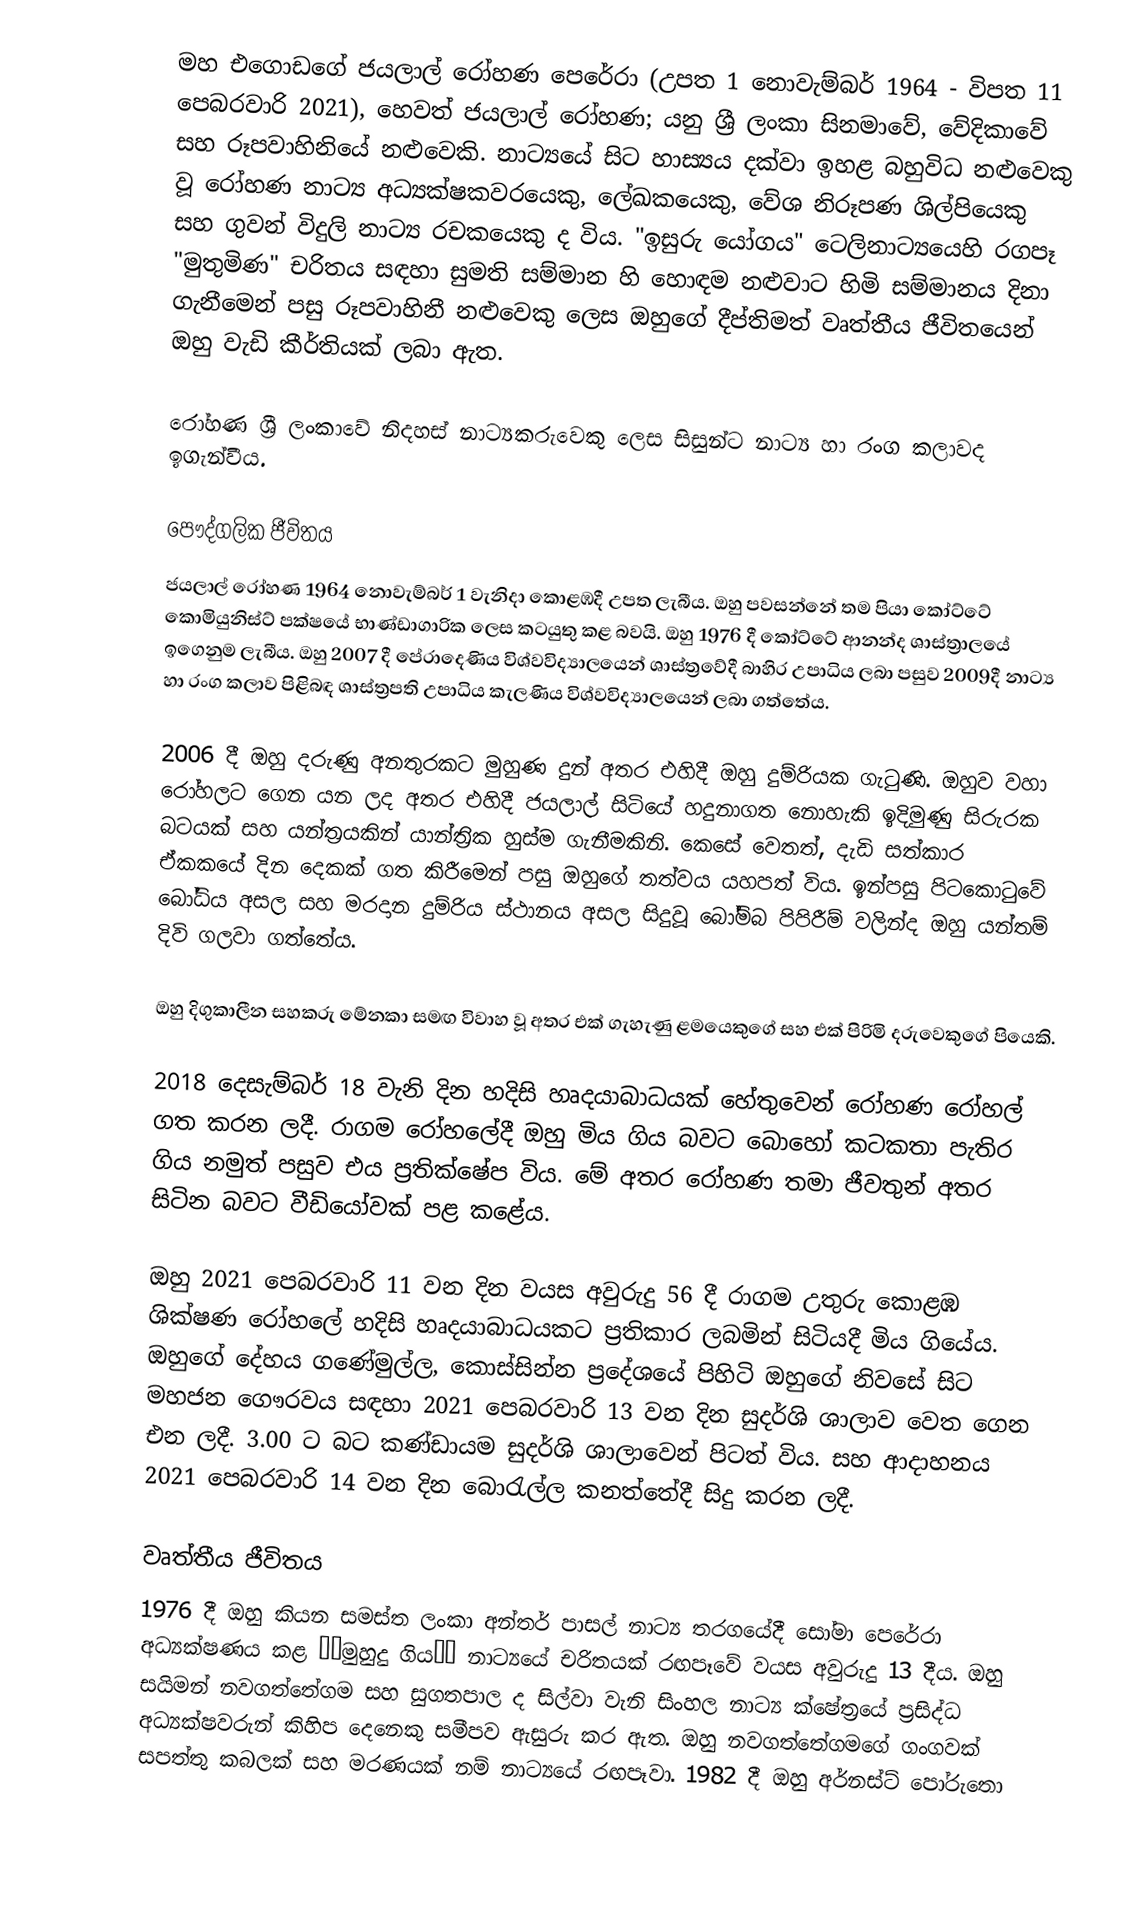
මහ එගොඩගේ ජයලාල් රෝහණ පෙරේරා (උපත 1 නොවැම්බර් 1964 - විපත 11 පෙබරවාරි 2021), හෙවත් ජයලාල් රෝහණ; යනු ශ්‍රී ලංකා සිනමාවේ, වේදිකාවේ සහ රූපවාහිනියේ නළුවෙකි. නාට්‍යයේ සිට හාස්‍යය දක්වා ඉහළ බහුවිධ නළුවෙකු වූ රෝහණ නාට්‍ය අධ්‍යක්ෂකවරයෙකු, ලේඛකයෙකු, වේශ නිරූපණ ශිල්පියෙකු සහ ගුවන් විදුලි නාට්‍ය රචකයෙකු ද විය. "ඉසුරු යෝගය" ටෙලිනාට්‍යයෙහි රගපෑ "මුතුමිණ" චරිතය සඳහා සුමති සම්මාන හි හොඳම නළුවාට හිමි සම්මානය දිනා ගැනීමෙන් පසු රූපවාහිනී නළුවෙකු ලෙස ඔහුගේ දීප්තිමත් වෘත්තීය ජීවිතයෙන් ඔහු වැඩි කීර්තියක් ලබා ඇත.

රෝහණ ශ්‍රී ලංකාවේ නිදහස් නාට්‍යකරුවෙකු ලෙස සිසුන්ට නාට්‍ය හා රංග කලාවද ඉගැන්වීය.

පෞද්ගලික ජීවිතය
ජයලාල් රෝහණ 1964 නොවැම්බර් 1 වැනිදා කොළඹදී උපත ලැබීය. ඔහු පවසන්නේ තම පියා කෝට්ටේ කොමියුනිස්ට් පක්ෂයේ භාණ්ඩාගාරික ලෙස කටයුතු කළ බවයි. ඔහු 1976 දී කෝට්ටේ ආනන්ද ශාස්ත්‍රාලයේ ඉගෙනුම ලැබීය. ඔහු 2007 දී පේරාදෙණිය විශ්වවිද්‍යාලයෙන් ශාස්ත්‍රවේදී බාහිර උපාධිය ලබා පසුව 2009දී නාට්‍ය හා රංග කලාව පිළිබඳ ශාස්ත්‍රපති උපාධිය කැලණිය විශ්වවිද්‍යාලයෙන් ලබා ගත්තේය.

2006 දී ඔහු දරුණු අනතුරකට මුහුණ දුන් අතර එහිදී ඔහු දුම්රියක ගැටුණි. ඔහුව වහා රෝහලට ගෙන යන ලද අතර එහිදී ජයලාල් සිටියේ හදුනාගත නොහැකි ඉදිමුණු සිරුරක බටයක් සහ යන්ත්‍රයකින් යාන්ත්‍රික හුස්ම ගැනීමකිනි. කෙසේ වෙතත්, දැඩි සත්කාර ඒකකයේ දින දෙකක් ගත කිරීමෙන් පසු ඔහුගේ තත්වය යහපත් විය. ඉන්පසු පිටකොටුවේ බෝධිය අසල සහ මරදාන දුම්රිය ස්ථානය අසල සිදුවූ බෝම්බ පිපිරීම් වලින්ද ඔහු යන්තම් දිවි ගලවා ගත්තේය.

ඔහු දිගුකාලීන සහකරු මේනකා සමඟ විවාහ වූ අතර එක් ගැහැණු ළමයෙකුගේ සහ එක් පිරිමි දරුවෙකුගේ පියෙකි.

2018 දෙසැම්බර් 18 වැනි දින හදිසි හෘදයාබාධයක් හේතුවෙන් රෝහණ රෝහල් ගත කරන ලදී. රාගම රෝහලේදී ඔහු මිය ගිය බවට බොහෝ කටකතා පැතිර ගිය නමුත් පසුව එය ප්‍රතික්ෂේප විය. මේ අතර රෝහණ තමා ජීවතුන් අතර සිටින බවට වීඩියෝවක් පළ කළේය.

ඔහු 2021 පෙබරවාරි 11 වන දින වයස අවුරුදු 56 දී රාගම උතුරු කොළඹ ශික්ෂණ රෝහලේ හදිසි හෘදයාබාධයකට ප්‍රතිකාර ලබමින් සිටියදී මිය ගියේය. ඔහුගේ දේහය ගණේමුල්ල, කොස්සින්න ප්‍රදේශයේ පිහිටි ඔහුගේ නිවසේ සිට මහජන ගෞරවය සඳහා 2021 පෙබරවාරි 13 වන දින සුදර්ශි ශාලාව වෙත ගෙන එන ලදී. 3.00 ට බට කණ්ඩායම සුදර්ශි ශාලාවෙන් පිටත් විය. සහ ආදාහනය 2021 පෙබරවාරි 14 වන දින බොරැල්ල කනත්තේදී සිදු කරන ලදී.

වෘත්තීය ජීවිතය
1976 දී ඔහු කියන සමස්ත ලංකා අන්තර් පාසල් නාට්‍ය තරගයේදී සෝමා පෙරේරා අධ්‍යක්ෂණය කළ ‘‘මුහුදු ගිය’’ නාට්‍යයේ චරිතයක් රඟපෑවේ වයස අවුරුදු 13 දීය. ඔහු සයිමන් නවගත්තේගම සහ සුගතපාල ද සිල්වා වැනි සිංහල නාට්‍ය ක්ෂේත්‍රයේ ප්‍රසිද්ධ අධ්‍යක්ෂවරුන් කිහිප දෙනෙකු සමීපව ඇසුරු කර ඇත. ඔහු නවගත්තේගමගේ ගංගවක් සපත්තු කබලක් සහ මරණයක් නම් නාට්‍යයේ රඟපෑවා. 1982 දී ඔහු අර්නස්ට් පෝරුතො